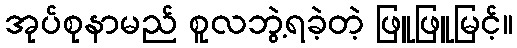
အုပ်စုနာမည် စူလဘွဲ့ရခဲ့တဲ့ ဖြူဖြူမြင့်။